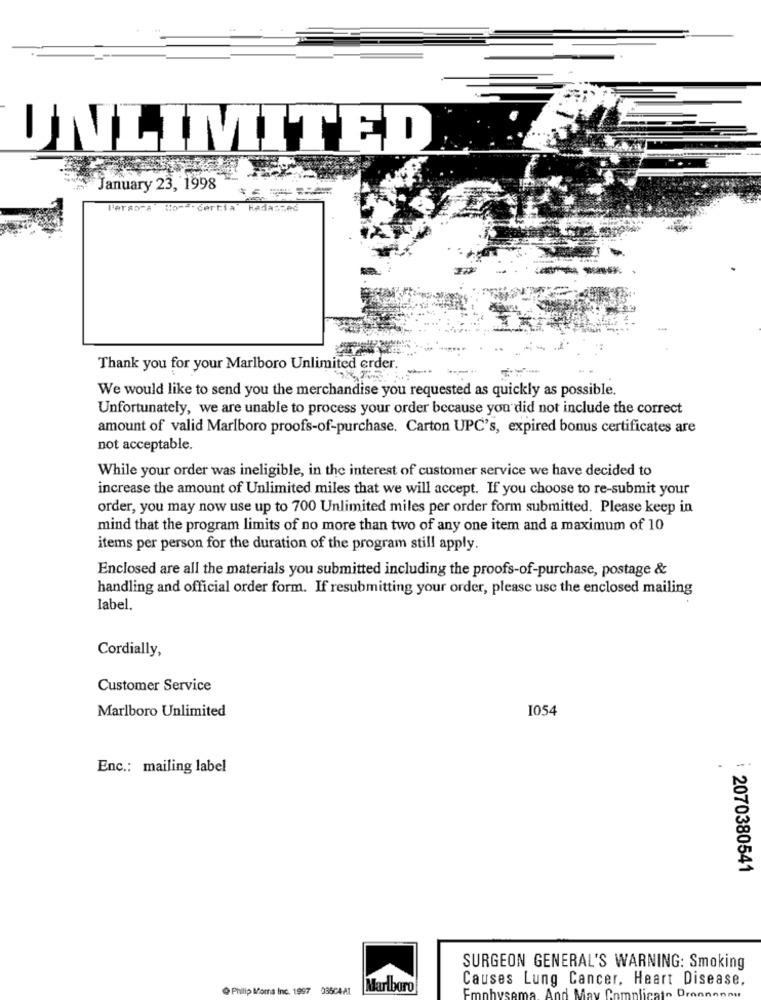
UNLIMITED
January 23, 1998
Persona
to -=- certia
Thank you for your Marlboro Unlimited erder.
We would like to send you the merchandise you requested as quickly as possible.
Unfortunately, we are unable to process your order because you did not include the correct
amount of valid Marlboro proofs-of-purchase. Carton UPC's, expired bonus certificates are
not acceptable.
While your order was ineligible, in the interest of customer service we have decided to
increase the amount of Unlimited miles that we will accept. If you choose to re-submit your
order, you may now use up to 700 Unlimited miles per order form submitted. Please keep in
mind that the program limits of no more than two of any one item and a maximum of 10
items per person for the duration of the program still apply.
Enclosed are all the materials you submitted including the proofs-of-purchase, postage &
handling and official order form. If resubmitting your order, please use the enclosed mailing
label
Cordially,
Customer Service
Marlboro Unlimited
I054
Enc .: mailing label
: 2070380541
SURGEON GENERAL'S WARNING: Smoking
Causes Lung Cancer, Heart Disease,
@ Phillip Moms Inc. 1997
035C4-A1
Marlboro
Emph
nd May
aplicat
Drannonay